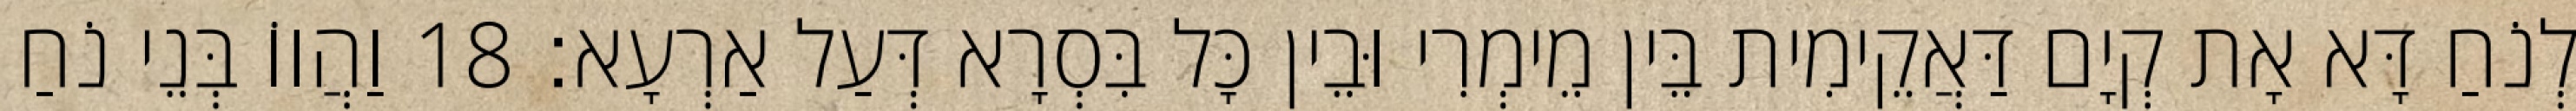
לְנֹחַ דָּא אָת קְיָם דַּאֲקֵימִית בֵּין מֵימְרִי וּבֵין כָּל בִּסְרָא דְּעַל אַרְעָא׃ 18 וַהֲווֹ בְּנֵי נֹחַ